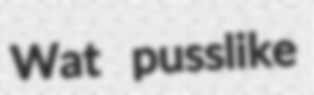
Wat pusslike